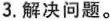
3.解决问题。